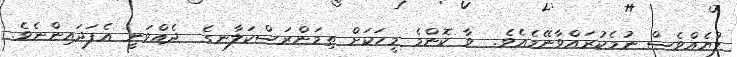
ލުޔެއްވެސް ނުމެކުރައްވާނޭމެއެވެ.  ވާ ކޮންމެ މީހަކަށް ތިމަންރަސްކަލާނގެ  ދެއްވަނީ އެފަދައިންނެވެ.